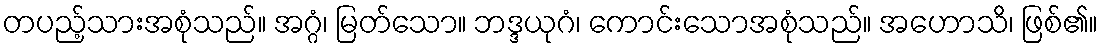
တပည့်သားအစုံသည်။ အဂ္ဂံ၊ မြတ်သော။ ဘဒ္ဒယုဂံ၊ ကောင်းသောအစုံသည်။ အဟောသိ၊ ဖြစ်၏။